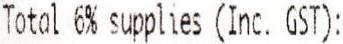
TOTAL 6% SUPPLIES (INC. GST):